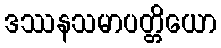
ဒဿနသမာပတ္တိယော